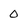
Character: 0